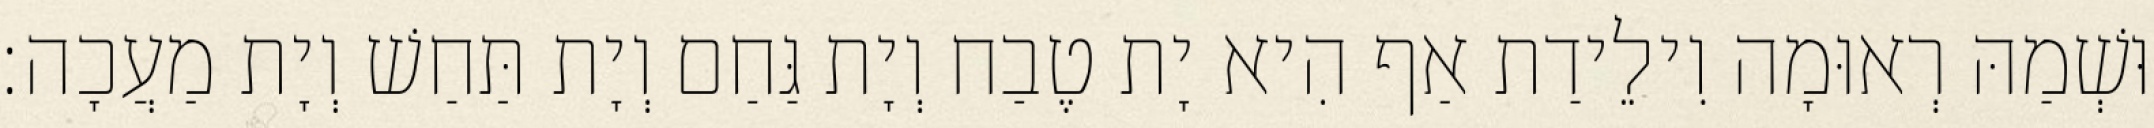
וּשְׁמַהּ רְאוּמָה וִילֵידַת אַף הִיא יָת טֶבַח וְיָת גַּחַם וְיָת תַּחַשׁ וְיָת מַעֲכָה׃